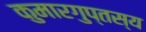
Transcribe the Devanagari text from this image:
कुमारगुप्तस्य